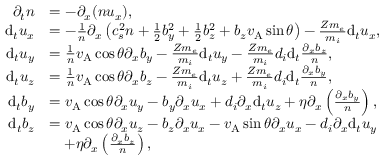
\begin{array} { r l } { \partial _ { t } n } & { = - \partial _ { x } ( n u _ { x } ) , } \\ { \mathrm { d } _ { t } u _ { x } } & { = - \frac { 1 } { n } \partial _ { x } \left( c _ { s } ^ { 2 } n + \frac { 1 } { 2 } b _ { y } ^ { 2 } + \frac { 1 } { 2 } b _ { z } ^ { 2 } + b _ { z } v _ { \mathrm { A } } \sin \theta \right) - \frac { Z m _ { e } } { m _ { i } } \mathrm { d } _ { t } u _ { x } , } \\ { \mathrm { d } _ { t } u _ { y } } & { = \frac { 1 } { n } v _ { \mathrm { A } } \cos \theta \partial _ { x } b _ { y } - \frac { Z m _ { e } } { m _ { i } } \mathrm { d } _ { t } u _ { y } - \frac { Z m _ { e } } { m _ { i } } d _ { i } \mathrm { d } _ { t } \frac { \partial _ { x } b _ { z } } { n } , } \\ { \mathrm { d } _ { t } u _ { z } } & { = \frac { 1 } { n } v _ { \mathrm { A } } \cos \theta \partial _ { x } b _ { z } - \frac { Z m _ { e } } { m _ { i } } \mathrm { d } _ { t } u _ { z } + \frac { Z m _ { e } } { m _ { i } } d _ { i } \mathrm { d } _ { t } \frac { \partial _ { x } b _ { y } } { n } , } \\ { \mathrm { d } _ { t } b _ { y } } & { = v _ { \mathrm { A } } \cos \theta \partial _ { x } u _ { y } - b _ { y } \partial _ { x } u _ { x } + d _ { i } \partial _ { x } \mathrm { d } _ { t } u _ { z } + \eta \partial _ { x } \left( \frac { \partial _ { x } b _ { y } } { n } \right) , } \\ { \mathrm { d } _ { t } b _ { z } } & { = v _ { \mathrm { A } } \cos \theta \partial _ { x } u _ { z } - b _ { z } \partial _ { x } u _ { x } - v _ { \mathrm { A } } \sin \theta \partial _ { x } u _ { x } - d _ { i } \partial _ { x } \mathrm { d } _ { t } u _ { y } } \\ & { \quad + \eta \partial _ { x } \left( \frac { \partial _ { x } b _ { z } } { n } \right) , } \end{array}